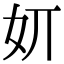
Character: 㚦